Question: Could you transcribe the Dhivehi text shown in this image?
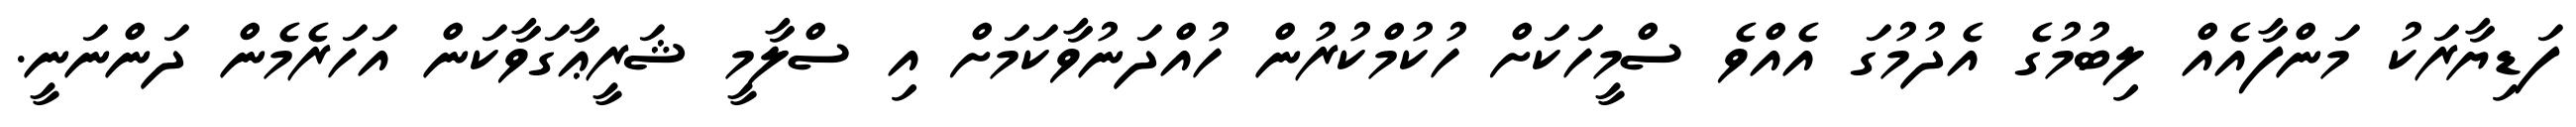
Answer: ފަޑިޔާރަކު މަންފާއެއް ލިބުމުގެ އެދުމުގަ އެއްވެ ސްމީހަކަށް ހުކުމްކުރުން ހުއްދަނުވާކަމަށް އި ސްލާމީ ޝަރީޢާގަވާކަން އަހަރެމެން ދަންނަނީ.